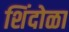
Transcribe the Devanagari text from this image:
शिंदोळा